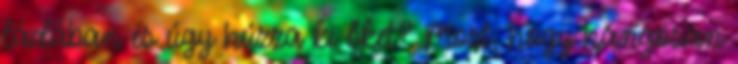
ládában és úgy húzza ki őket? Most, hogy hangosan